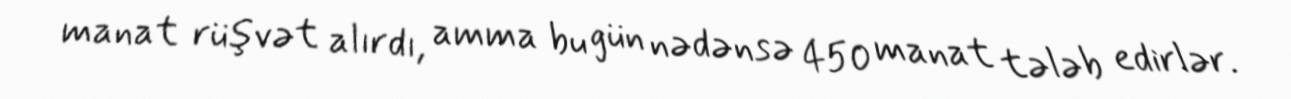
manat rüşvət alırdı, amma bu gün nədənsə 450 manat tələb edirlər.